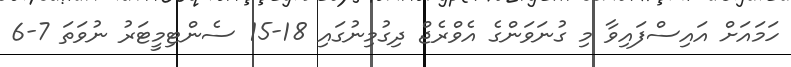
ހަމައަށް އައިސްފައިވާ މި ގުނަވަންގެ އެވްރެޖް ދިގުމިނުގައި 18-15 ސެންޓިމީޓަރު ނުވަތަ 7-6